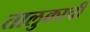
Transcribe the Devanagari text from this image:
तालुकाची